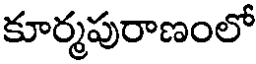
కూర్మపురాణంలో